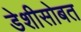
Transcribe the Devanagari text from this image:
डेशीसोबत